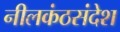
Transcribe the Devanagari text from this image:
नीलकंठसंदेश